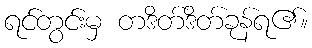
ရင်တွင်းမှ တဒိတ်ဒိတ်ခုန်ရ၏။